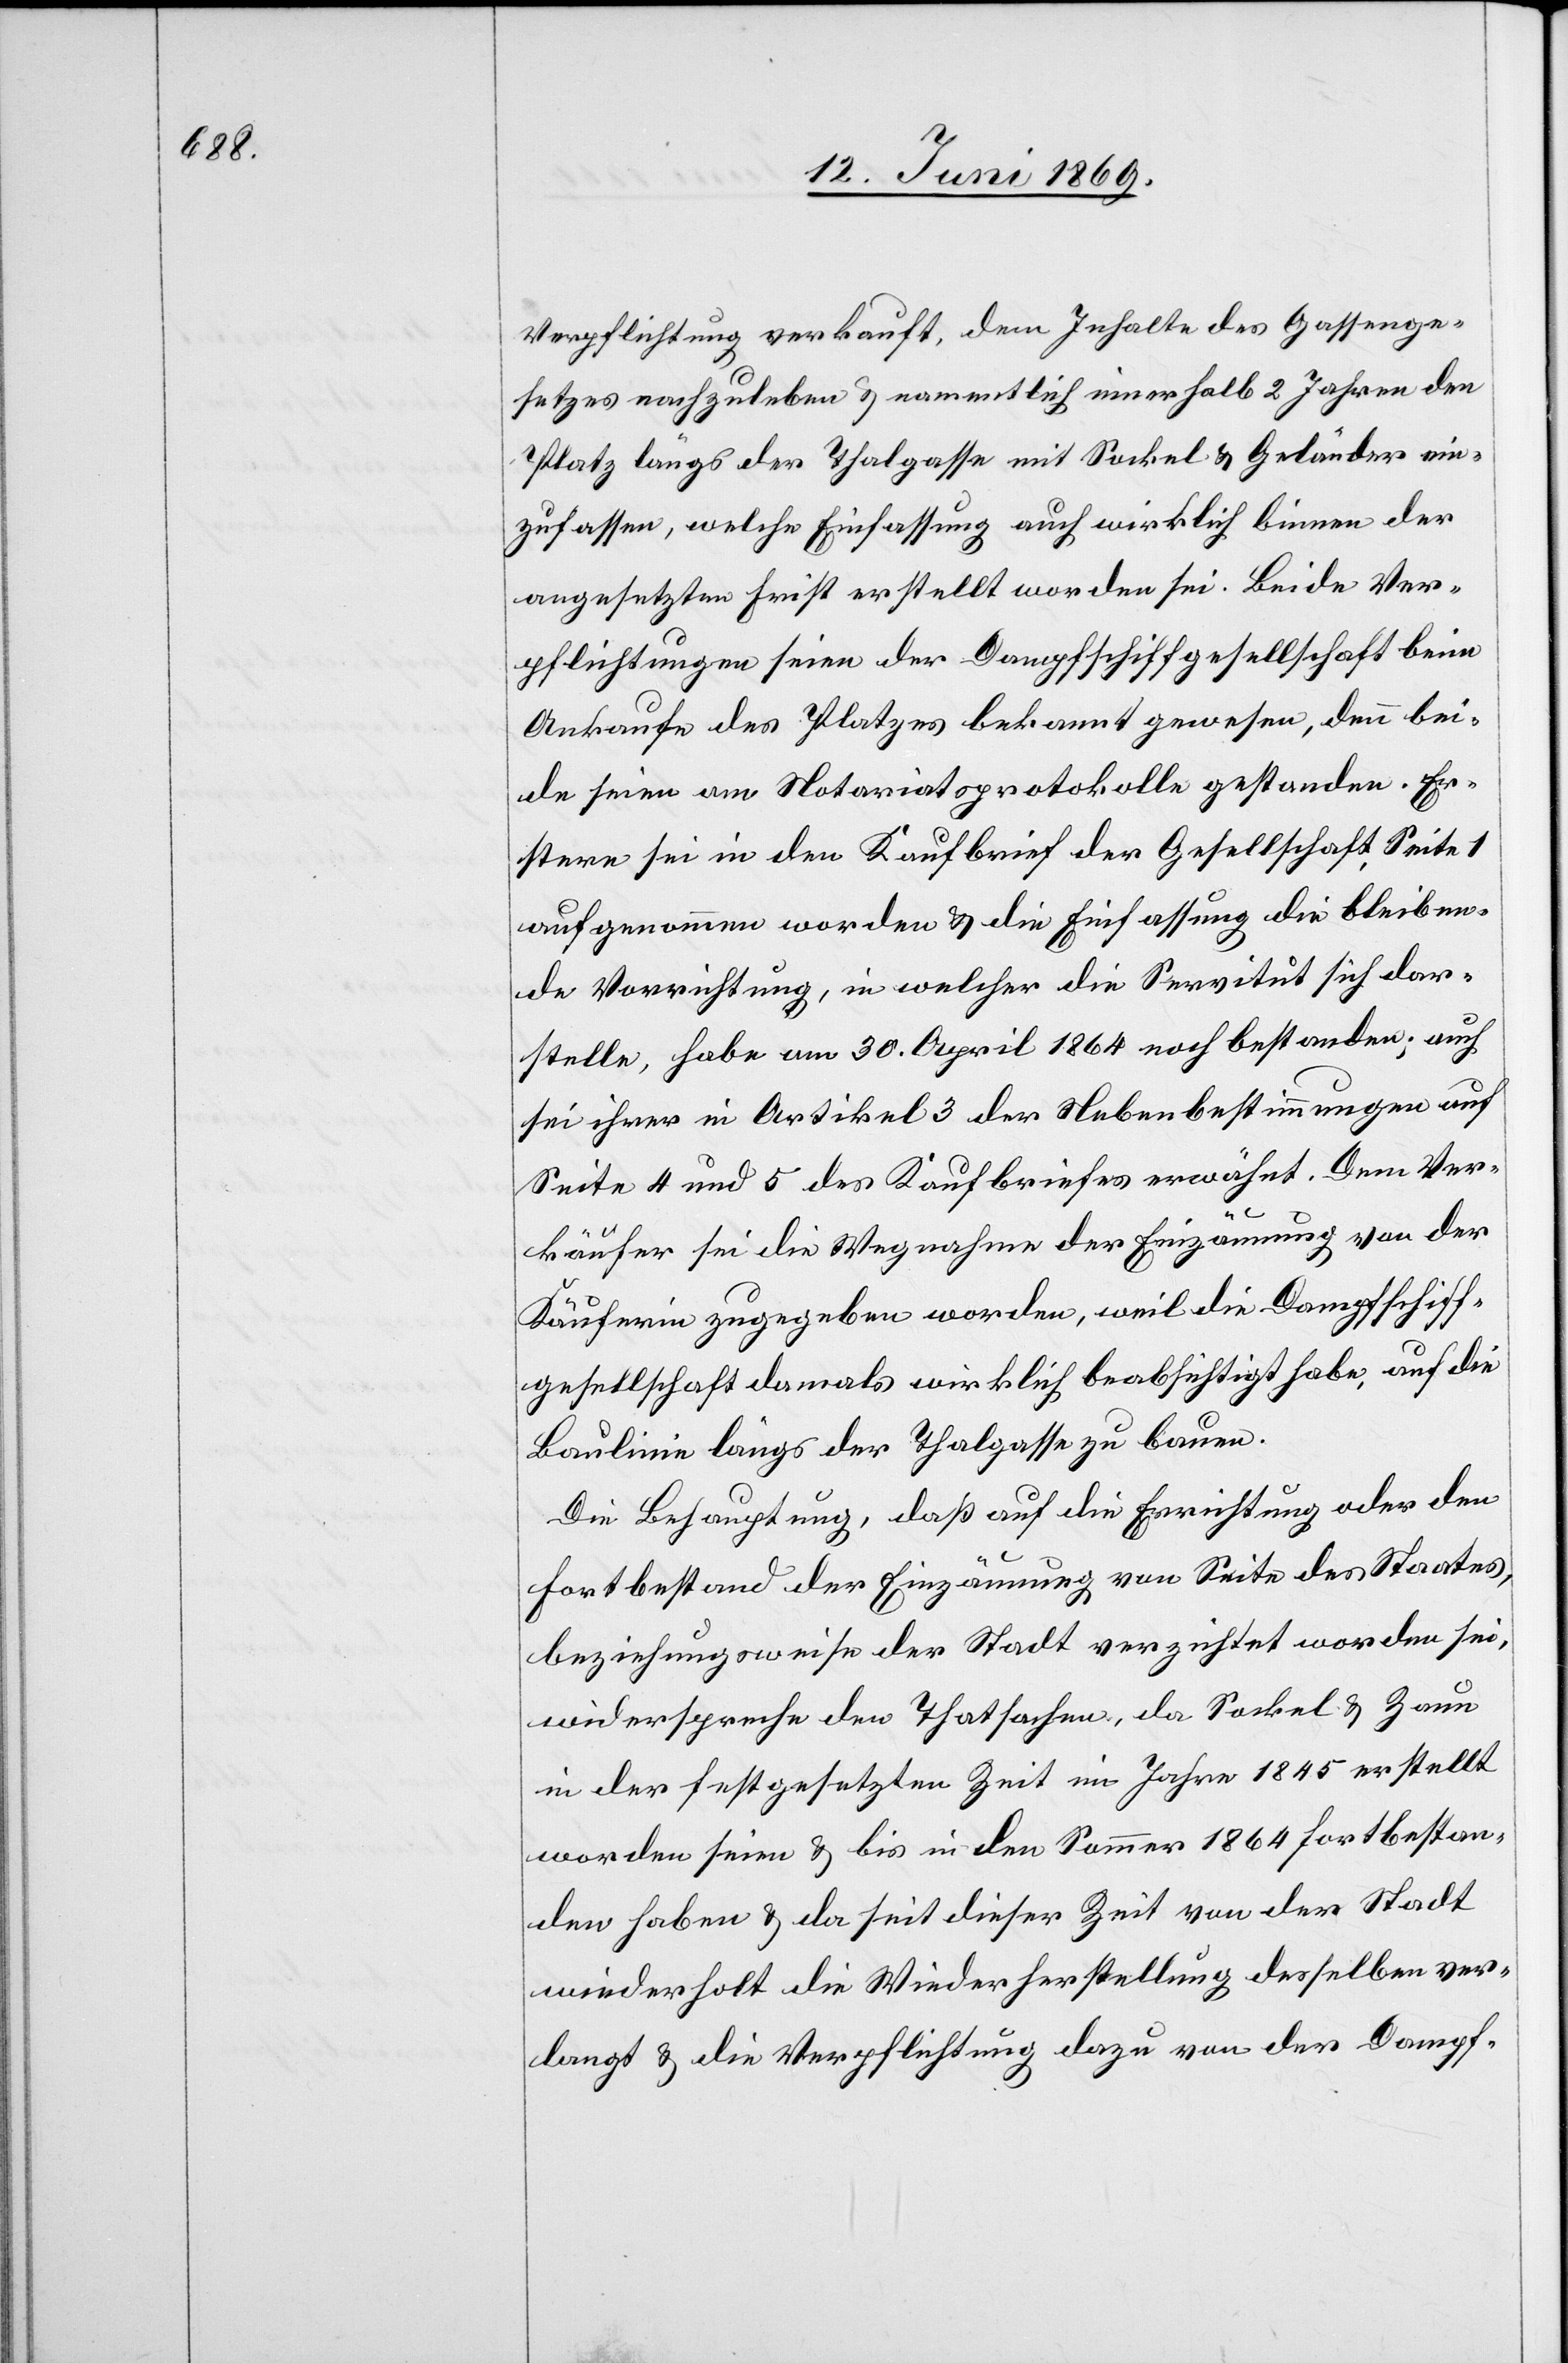
Verpflichtung verkauft, dem Inhalte des Gassenge¬
setzes nachzuleben u. namentlich innerhalb 2 Jahren den
Platz längs der Thalgasse mit Sockel u. Geländer ein¬
zufassen, welche Einfassung auch wirklich binnen der
angesetzten Frist erstellt worden sei. Beide Ver¬
pflichtungen seien der Dampfschiffahrtgesellschaft beim
Ankaufe des Platzes bekannt gewesen, denn bei¬
de seien am Notariatsprotokolle gestanden. Er¬
stere sei in den Kaufbrief der Gesellschaft, Seite 1
aufgenommen worden u. die Einfassung die bleiben¬
de Verrichtung, in welcher die Servitut sich dar¬
stelle, habe am 30. April 1864 noch bestanden, auch
sei ihrer in Artikel 3 der Nebenbestimmungen auf
Seite 4 und 5 des Kaufbriefes erwähnt. Dem Ver¬
käufer sei die Wegnahme der Einzäunung von der
Käuferin zugegeben worden, weil die Dampfschiff¬
gesellschaft damals wirklich beabsichtigt habe, auf die
Baulinie längs der Thalgasse zu bauen.
Die Behauptung, daß auf die Errichtung oder den
Fortbestand der Einzäunung von Seite des Staates,
beziehungsweise der Stadt verzichtet worden sei,
widerspreche den Thatsachen, da Sockel u. Zaun
in der festgesetzten Zeit im Jahre 1845 erstellt
worden seien u. bis in den Sommer 1864 fortbestan¬
den haben u. da seit dieser Zeit von der Stadt
wiederholt die Wiederherstellung desselben ver¬
langt u. die Verpflichtung dazu von der Dampf-